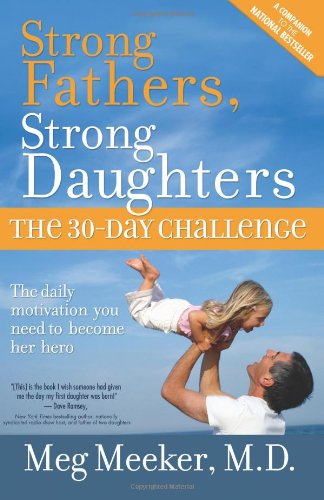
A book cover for Strong Fathers, Strong Daughters: The 30-Day Challenge; Meg Meeker; Parenting & Relationships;